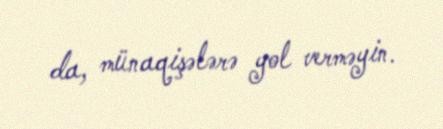
da, münaqişələrə yol verməyin.